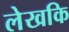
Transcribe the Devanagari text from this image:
लेखकि